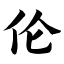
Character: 伦